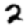
Digit: 2